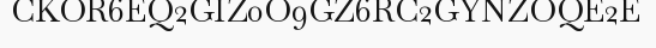
CKOR6EQ2GIZ0O9GZ6RC2GYNZOQE2E